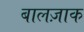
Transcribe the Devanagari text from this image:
बालज़ाक